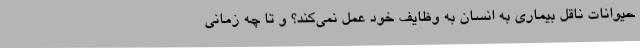
حیوانات ناقل بیماری به انسان به وظایف خود عمل نمی‌کند؟ و تا چه زمانی